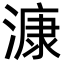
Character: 漮